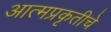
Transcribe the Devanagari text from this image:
आत्मप्रकृतीचे